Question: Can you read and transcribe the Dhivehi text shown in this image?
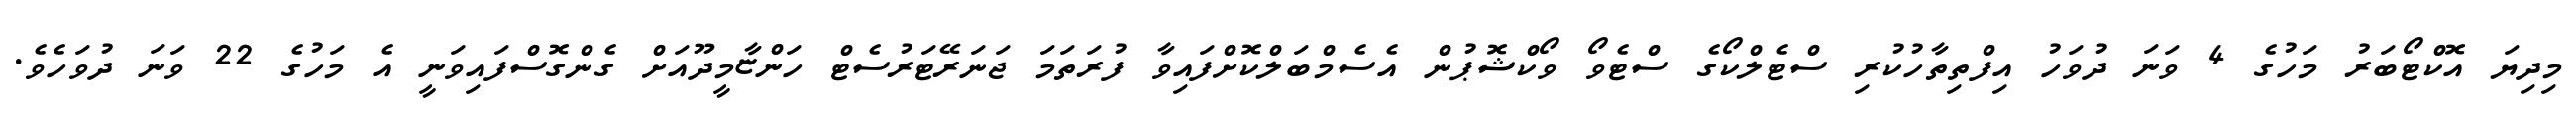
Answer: މިދިޔަ އޮކްޓޯބަރު މަހުގެ 4 ވަނަ ދުވަހު އިފްތިތާހުކުރި ސްޓެލްކޯގެ ސްޓެވޯ ވޯކްޝޮޕުން އެސެމްބަލްކޮށްފައިވާ ފުރަތަމަ ޖަނަރޭޓަރުސެޓް ހަންޏާމީދޫއަށް ގެންގޮސްފައިވަނީ އެ މަހުގެ 22 ވަނަ ދުވަހެވެ.